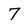
Character: 7